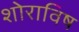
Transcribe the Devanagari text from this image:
शोराविष